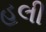
હલી